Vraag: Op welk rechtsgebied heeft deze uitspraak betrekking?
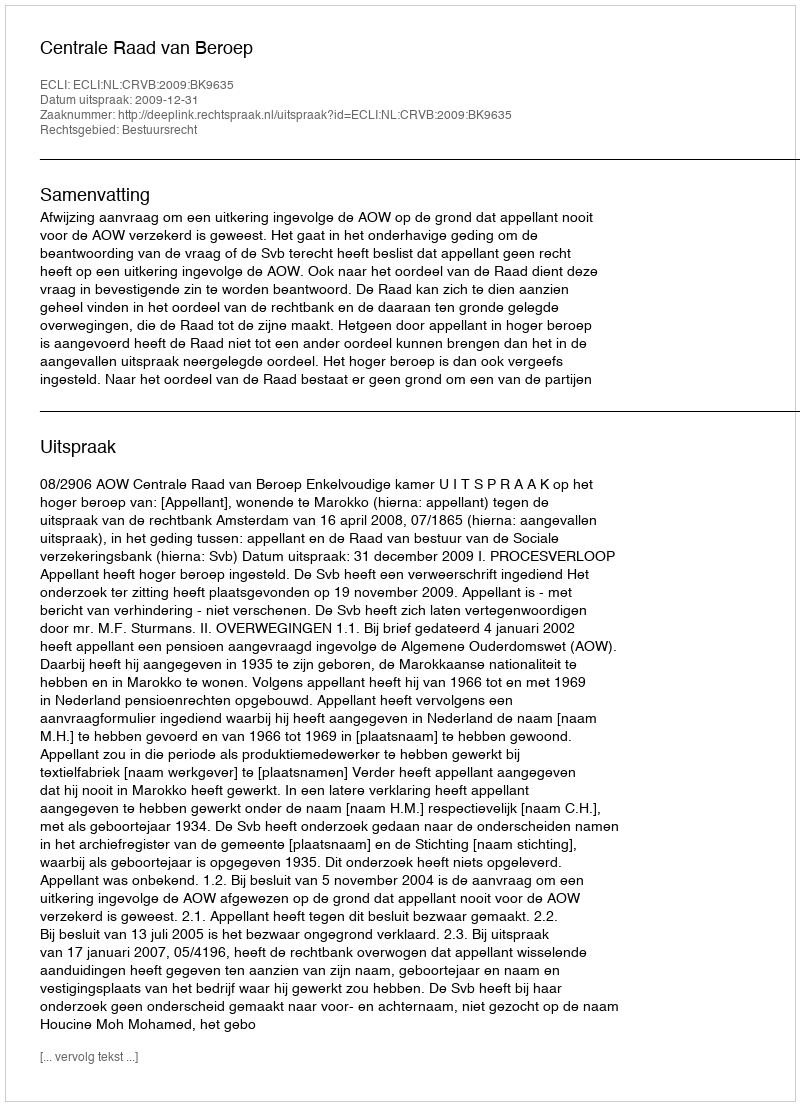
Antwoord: Bestuursrecht